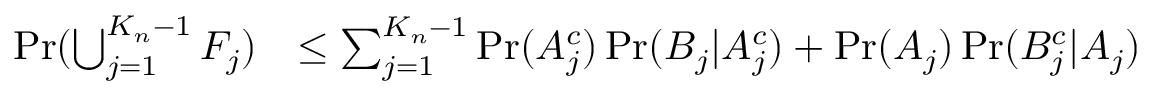
\begin{array} { r l } { \operatorname* { P r } ( \bigcup _ { j = 1 } ^ { { K _ { n } } - 1 } F _ { j } ) } & { \le \sum _ { j = 1 } ^ { { K _ { n } } - 1 } \operatorname* { P r } ( A _ { j } ^ { c } ) \operatorname* { P r } ( B _ { j } | A _ { j } ^ { c } ) + \operatorname* { P r } ( A _ { j } ) \operatorname* { P r } ( B _ { j } ^ { c } | A _ { j } ) } \end{array}